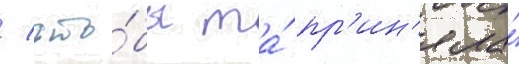
/ что́бы та́ пр'ин'яла́